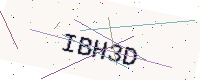
Text: IBH3D